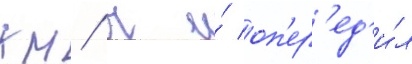
км/ ч и́ оп'ер'ед'и́л